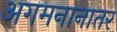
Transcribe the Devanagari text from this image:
अगमनानातर